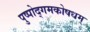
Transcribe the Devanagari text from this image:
पुष्पोद्गमकोषधम्